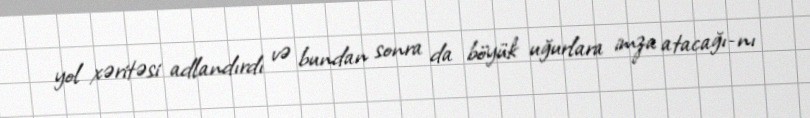
yol xəritəsi adlandırdı və bundan sonra da böyük uğurlara imza atacağı­nı